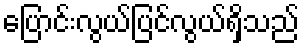
ပြောင်းလွယ်ပြင်လွယ်ရှိသည်